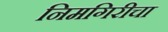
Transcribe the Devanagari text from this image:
निमगिरीचा